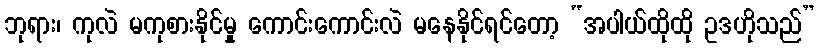
ဘုရား၊ ကုလဲ မကုစားနိုင်မှု ကောင်းကောင်းလဲ မနေနိုင်ရင်တော့ “အပါယ်ထိုထို ဥဒဟိုသည်”